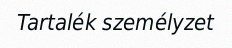
Tartalék személyzet